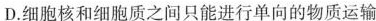
D.细胞核和细胞质之间只能进行单向的物质运输